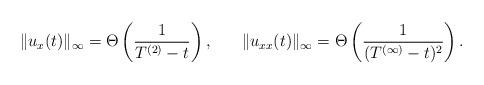
LaTeX: \begin{align*}\| u_x (t) \|_{\infty} &= \Theta \left( \frac{1}{T^{(2)} -t } \right), &\| u_{xx} (t) \|_{\infty} &= \Theta \left( \frac{1}{(T^{(\infty)} -t)^2 } \right). &\end{align*}